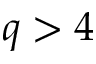
q > 4